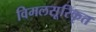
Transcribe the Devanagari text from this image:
विमलसूरिकृत